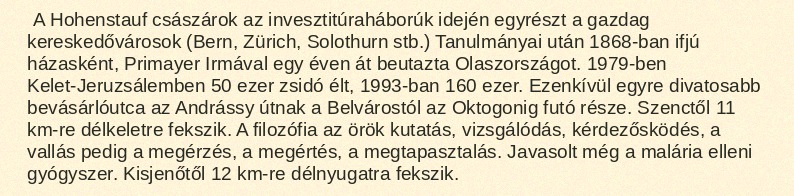
A Hohenstauf császárok az invesztitúraháborúk idején egyrészt a gazdag kereskedővárosok (Bern, Zürich, Solothurn stb.) Tanulmányai után 1868-ban ifjú házasként, Primayer Irmával egy éven át beutazta Olaszországot. 1979-ben Kelet-Jeruzsálemben 50 ezer zsidó élt, 1993-ban 160 ezer. Ezenkívül egyre divatosabb bevásárlóutca az Andrássy útnak a Belvárostól az Oktogonig futó része. Szenctől 11 km-re délkeletre fekszik. A filozófia az örök kutatás, vizsgálódás, kérdezősködés, a vallás pedig a megérzés, a megértés, a megtapasztalás. Javasolt még a malária elleni gyógyszer. Kisjenőtől 12 km-re délnyugatra fekszik.